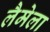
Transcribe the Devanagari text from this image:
लैमेला